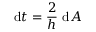
\mathrm { d } t = { \frac { 2 } { h } } \ \mathrm { d } A